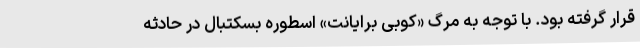
قرار گرفته بود. با توجه به مرگ «کوبی برایانت» اسطوره بسکتبال در حادثه